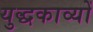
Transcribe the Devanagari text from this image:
युद्धकाव्यों